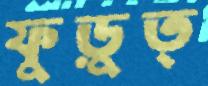
ফুড়ুত্